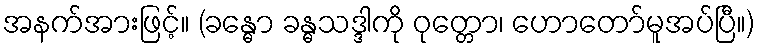
အနက်အားဖြင့်။ (ခန္ဓော ခန္ဓသဒ္ဒါကို ဝုတ္တော၊ ဟောတော်မူအပ်ပြီ။)